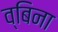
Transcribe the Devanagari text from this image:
व्बिना